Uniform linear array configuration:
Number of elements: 24
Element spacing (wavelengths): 0.25
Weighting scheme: blackman
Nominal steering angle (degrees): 15
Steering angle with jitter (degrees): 15.306
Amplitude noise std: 0.05
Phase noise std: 0.05

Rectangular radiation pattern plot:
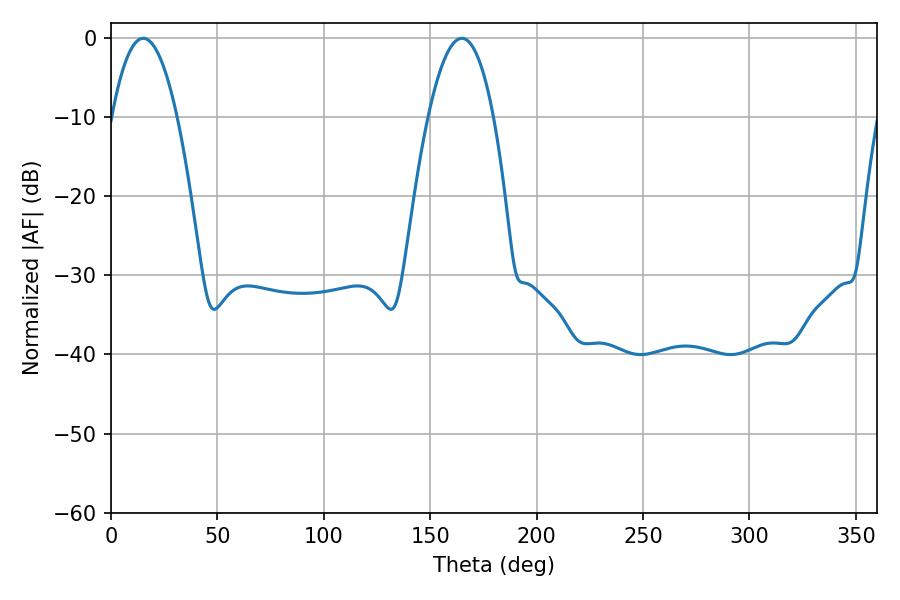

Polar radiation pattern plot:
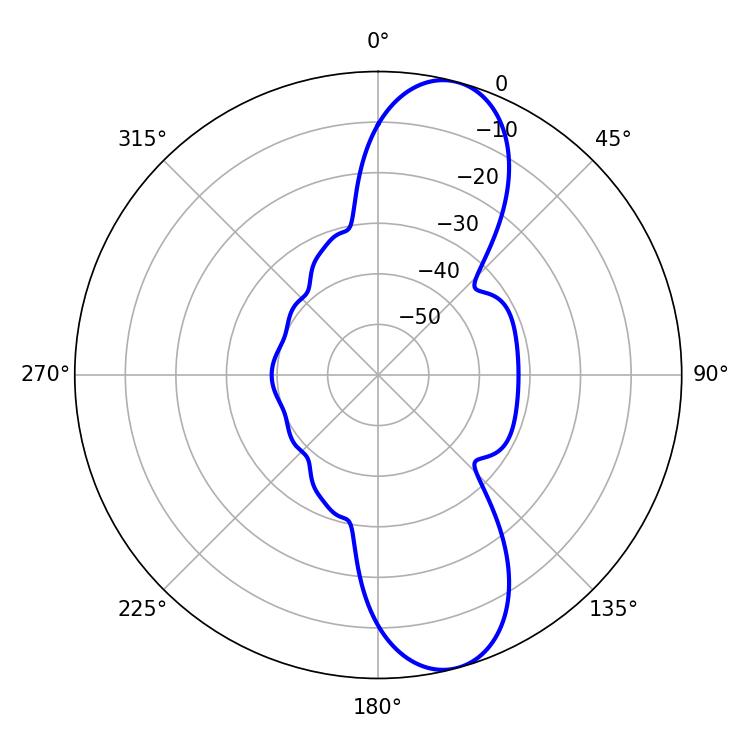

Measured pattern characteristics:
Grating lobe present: FALSE
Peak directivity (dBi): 10.755
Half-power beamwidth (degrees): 16.92
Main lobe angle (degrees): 164.88